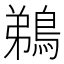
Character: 鵜